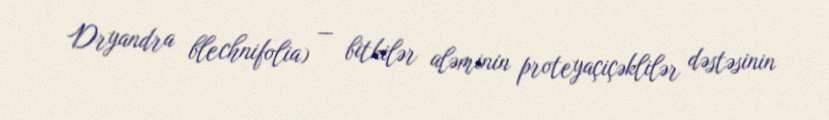
Dryandra blechnifolia) — bitkilər aləminin proteyaçiçəklilər dəstəsinin